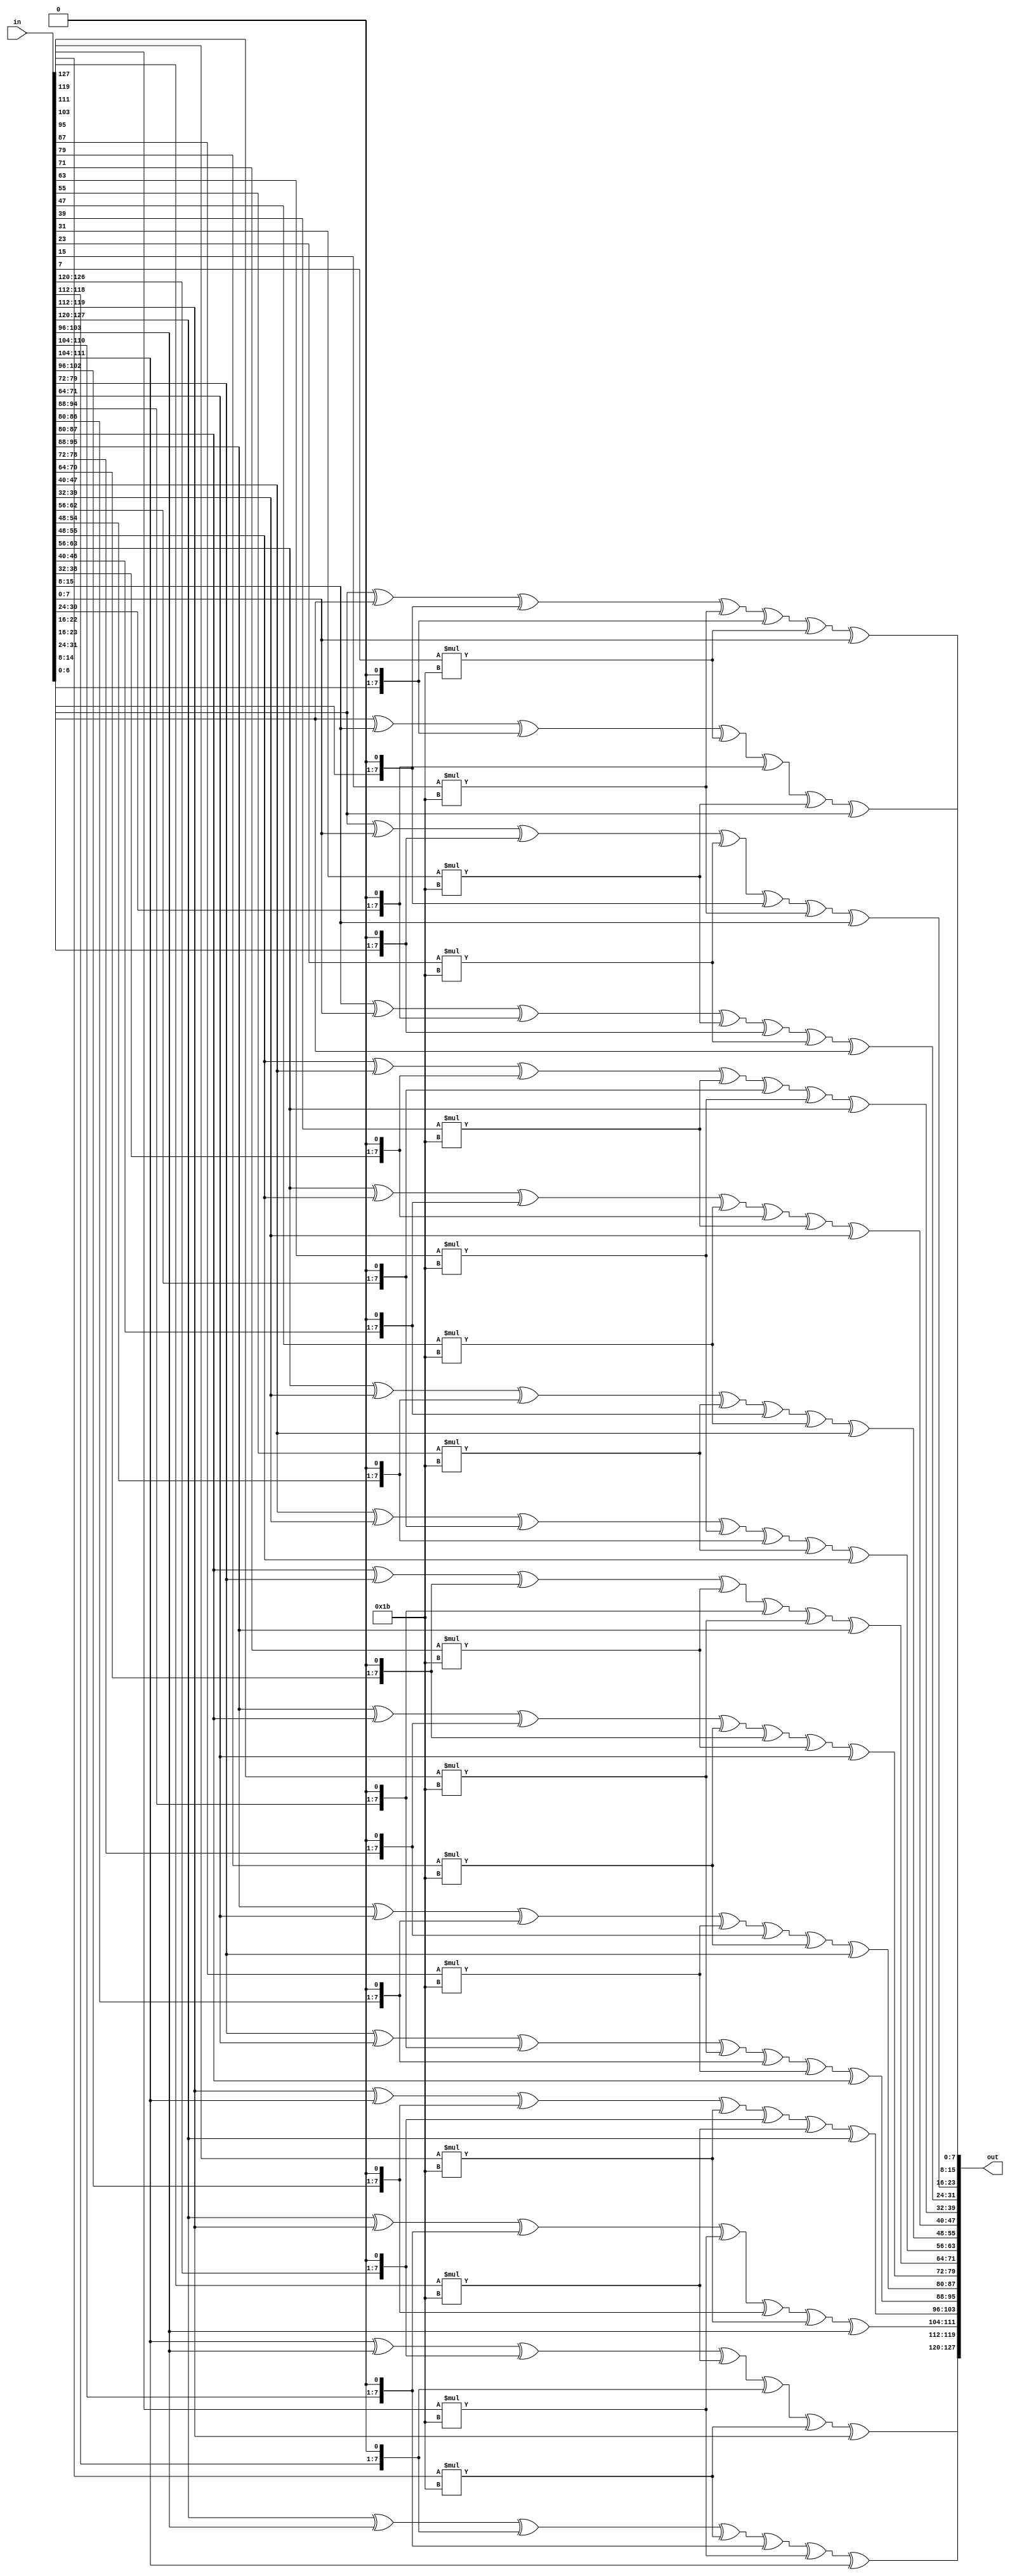
`timescale 1ns / 1ps
//////////////////////////////////////////////////////////////////////////////////
// Company: 
// Engineer: 
// 
// Design Name: 
// Module Name: mix_columns
// Project Name: 
// Target Devices: 
// Tool Versions: 
// Description: 
// 
// Dependencies: 
// 
// Revision:
// Revision 0.01 - File Created
// Additional Comments:
// 
//////////////////////////////////////////////////////////////////////////////////


module mix_columns(
    input [127:0] in,
    output reg [127:0] out
    );
        
        wire [7:0] arr00,arr01,arr02,arr03,arr10,arr11,arr12,
            arr13,arr20,arr21,arr22,arr23,arr30,arr31,arr32,arr33;
        
        function [7:0] mult;
            input [7:0] num1,num2,num3,num4;
            mult = num1 ^ num2 ^ (num3<<1) ^ (num3[7] * 8'h1b) ^  (num4<<1) ^ (num4[7] * 8'h1b) ^ num4 ;
        endfunction
            
        assign arr00 = in[127:120];  
        assign arr10 = in[119:112];
        assign arr20 = in[111:104];
        assign arr30 = in[103:96];
        assign arr01 = in[95:88];
        assign arr11 =  in[87:80];
        assign arr21 =  in[79:72];
        assign arr31 =  in[71:64];
        assign arr02 =  in[63:56];
        assign arr12 = in[55:48];
        assign arr22 = in[47:40];
        assign arr32 = in[39:32];       
        assign arr03 = in[31:24];
        assign arr13 = in[23:16];
        assign arr23 = in[15:8];
        assign arr33 = in[7:0];
        
        always@(*)
            begin
                begin
                    out[127:120] <= mult(arr20,arr30,arr00,arr10);  
                    out[119:112] <= mult(arr00,arr30,arr10,arr20);  
                    out[111:104] <= mult(arr00,arr10,arr20,arr30);  
                    out[103:96] <= mult(arr10,arr20,arr30,arr00);  
                    
                    out[95:88] <= mult(arr21,arr31,arr01,arr11); 
                    out[87:80] <= mult(arr01,arr31,arr11,arr21); 
                    out[79:72] <= mult(arr01,arr11,arr21,arr31); 
                    out[71:64] <= mult(arr11,arr21,arr31,arr01);
                    
                    out[63:56] <= mult(arr22,arr32,arr02,arr12); 
                    out[55:48] <= mult(arr02,arr32,arr12,arr22); 
                    out[47:40] <= mult(arr02,arr12,arr22,arr32); 
                    out[39:32] <= mult(arr12,arr22,arr32,arr02); 
                    
                    out[31:24] <= mult(arr23,arr33,arr03,arr13);
                    out[23:16] <= mult(arr03,arr33,arr13,arr23); 
                    out[15:8] <= mult(arr03,arr13,arr23,arr33); 
                    out[7:0] <= mult(arr13,arr23,arr33,arr03); 
                end
            end
        
endmodule